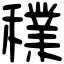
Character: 𥣈